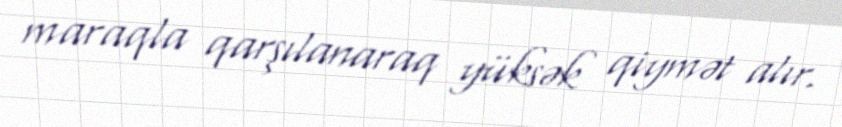
maraqla qarşılanaraq yüksək qiymət alır.